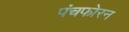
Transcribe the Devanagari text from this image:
पंचफोरन